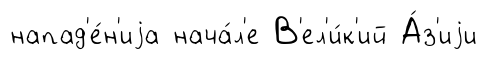
напад'е́н'иjа нача́л'е В'ел'и́к'ий А́з'иjи